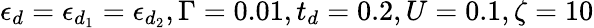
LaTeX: \epsilon_{d}=\epsilon_{d_{1}}=\epsilon_{d_{2}},\Gamma=0.01,t_{d}=0.2,U=0.1,\zeta=10